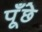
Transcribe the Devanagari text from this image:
पूँछे